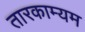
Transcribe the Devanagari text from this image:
तारकाम्यम